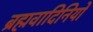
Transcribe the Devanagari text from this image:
ब्रह्मवादिनियों